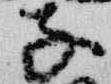
子